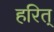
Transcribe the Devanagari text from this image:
हरित्‌